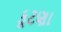
કૂટણા